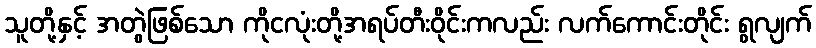
သူတို့နှင့် အတွဲဖြစ်သော ကိုငလုံးတို့အရပ်တီးဝိုင်းကလည်း လက်ကောင်းတိုင်း ရွလျက်